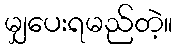
မျှပေးရမည်တဲ့။